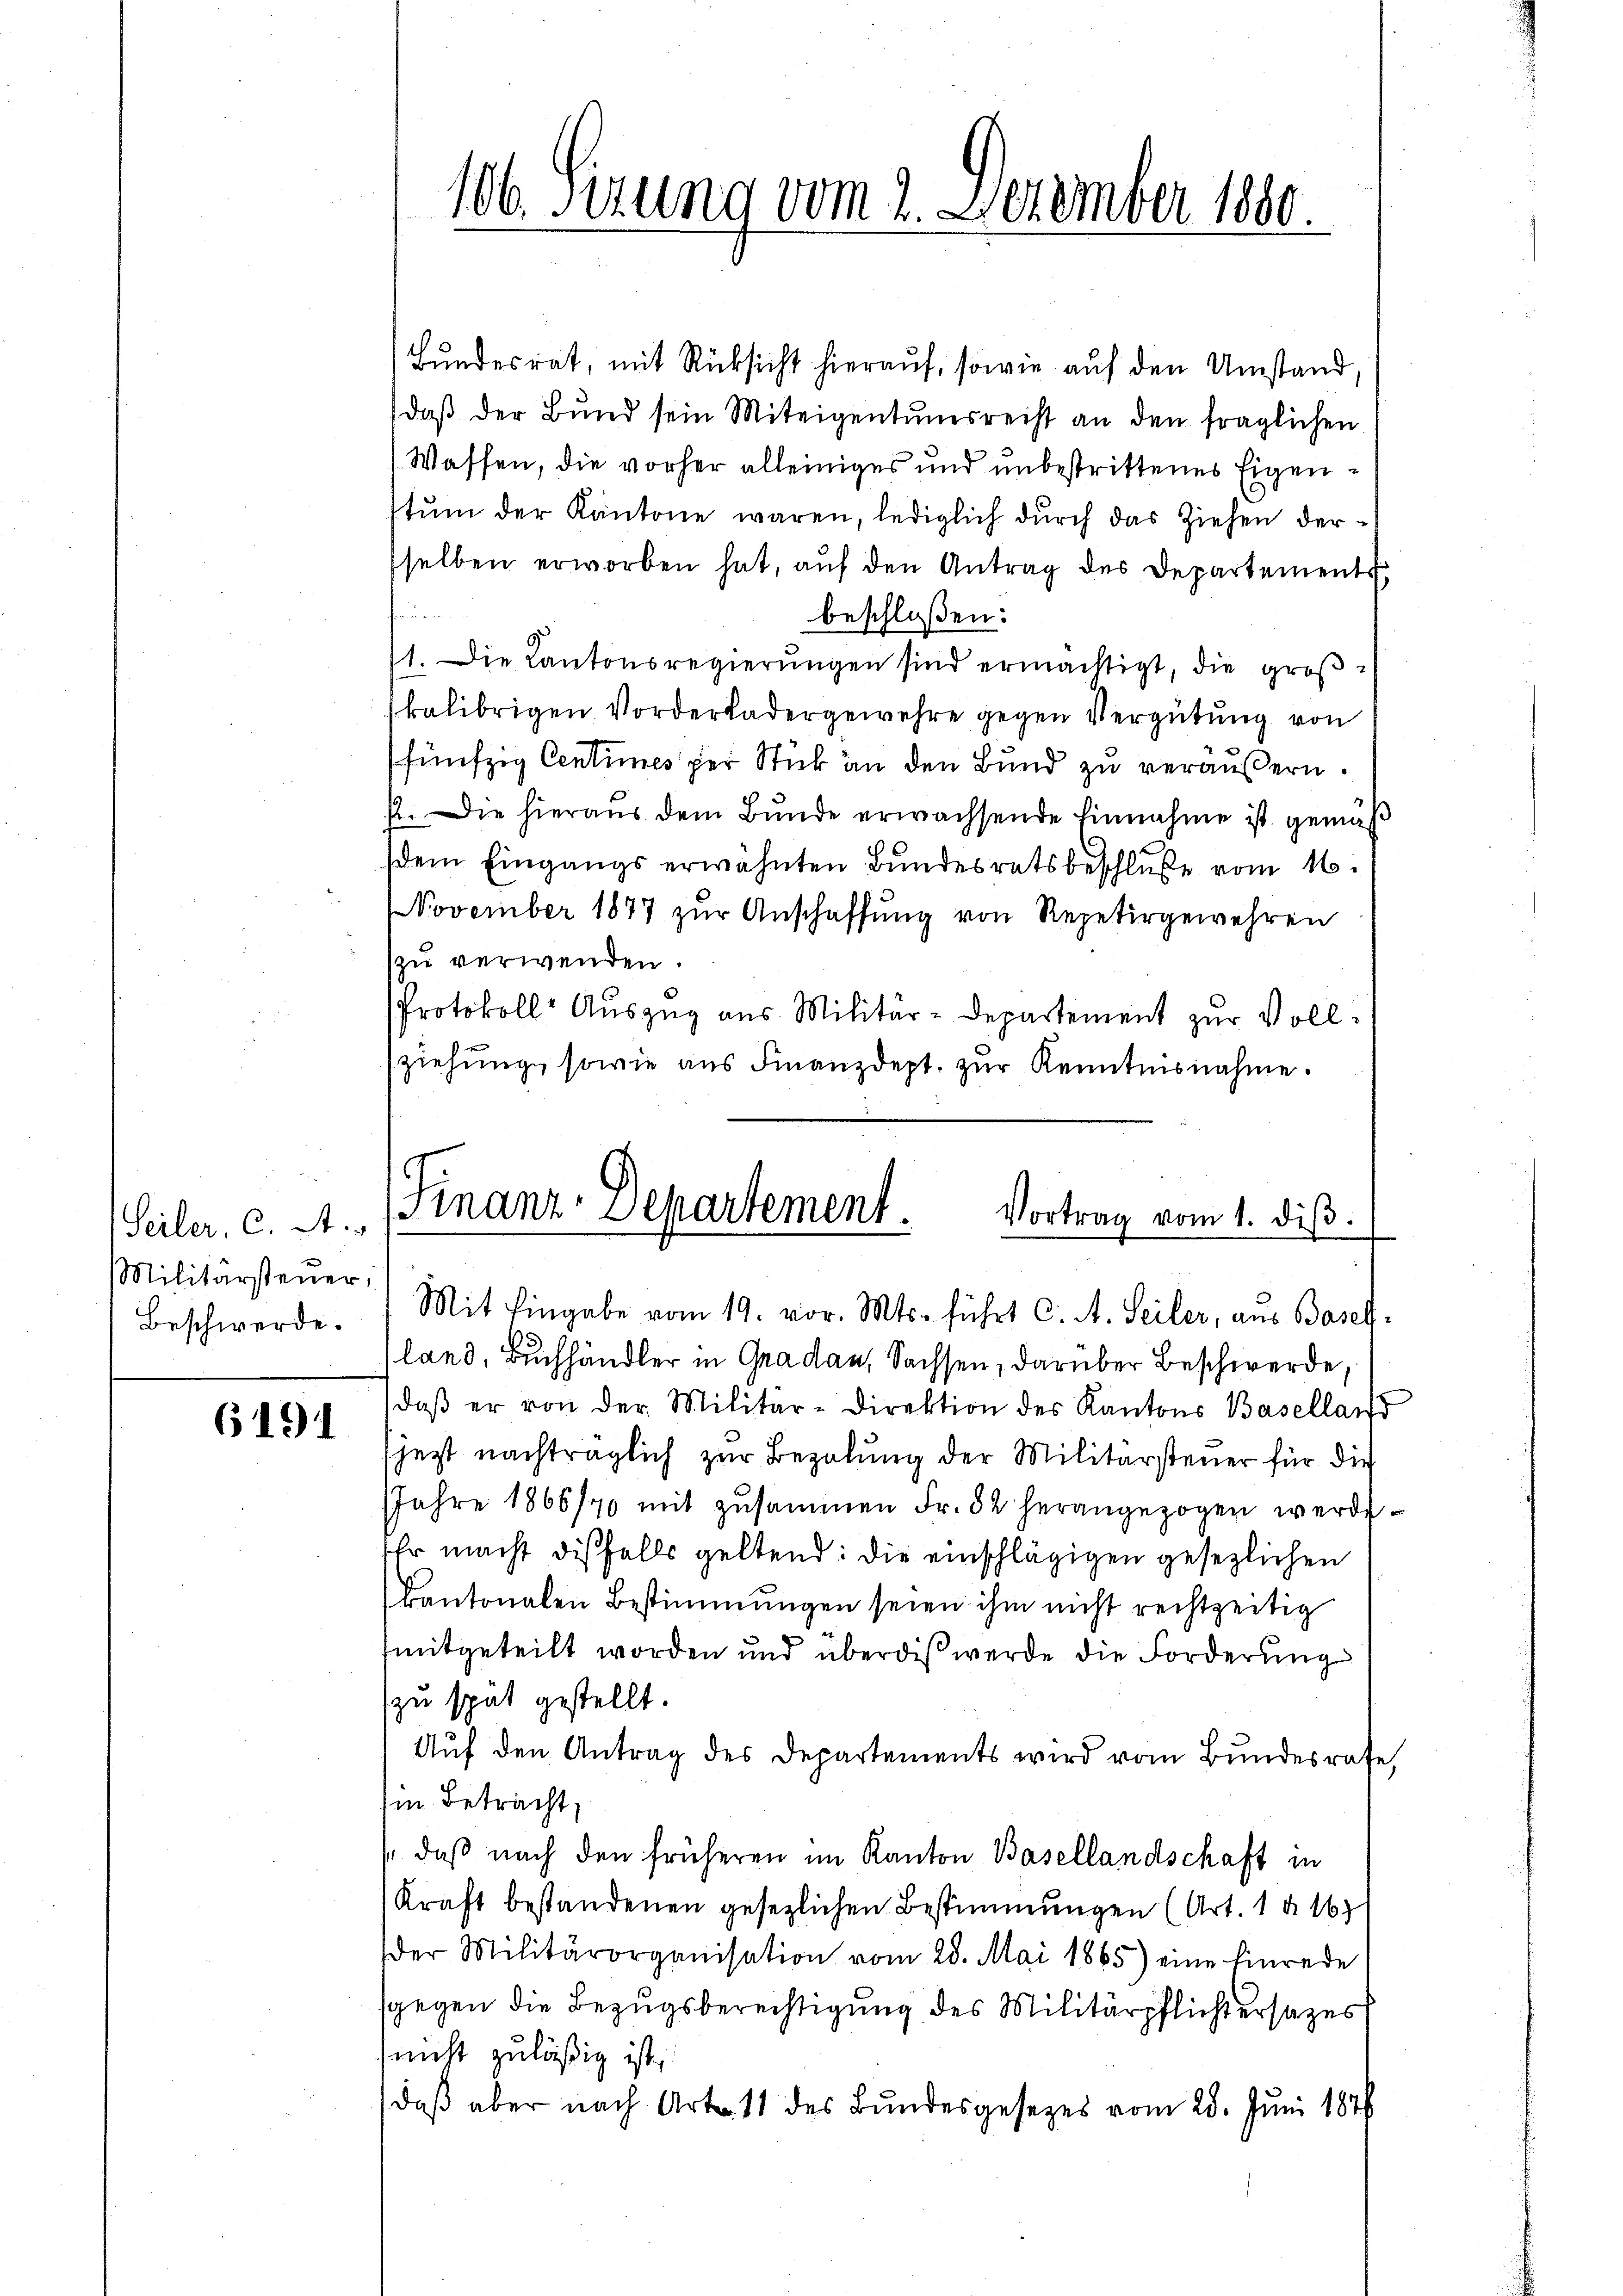
Seiler, C. A.
Militärsteuer,

6191

Bundesrat, mit Rücksicht hierauf, sowie auf den Umstand,
daβ der Bund sein Miteigentumsreist an den fraglichen
Wassen, die vorher alleiniges und unbestrittenes Eigenstŭm der Kantone waren, lediglich durch das Ziehen dersselben erworben hat, aŭf den Antrag des Departements,
beschloßen:
1. Die Kantonsregierŭngen sind ermächtigt, die groβ
skalibrigen Vorderladergewehre gegen Vergütung von
fünfzig Centimes per Stick an den Bund zu veräußern.
72. Die hieraus dem Bŭnde erwachsende Einnahme ist gemäß
dem Eingangs erwähnten Bundesratsbeschluße vom 16.
November 1877 zur Anschaffung von Repetirgewehren
zŭ verwenden.
Protokoll- Auszug aus Militär-Departement zur Vollziehung sowie aus Finanzdept. zur Kenntnisnahme.

106. Sirung vom 2. Dezember 1880.

(Finanz-Departement.
Vortrag vom 1. diβ.

Beschwerde. Mit Eingabe vom 19. vor. Mts. führt C. A. Seiler, aus Basel-
land, Buchhändler in Gradau, Sachsen, darüber Beschwerde,
daβ er von der Militär-Direktion des Kantons Baselland
(jezt nachträglich zur Bezalung der Militärsteuer für die
JJahre 1866/70 mit zusammen Fr. 32 herangezogen werde.
Ehr macht diesfalls geltend: die einschlägigen gesezlichen
kantonalen Bestimmungen seien ihm nicht rechtzeitig
mitgeteilt worden und überdis werde die Forderung
zu spät gestellt.
Aŭf den Antrag des Departements wird vom Bundesrate
in Betracht,
daß nach den früheren im Kanton Basellandschaft in
Kraft bestandenen gesezlichen Bestimmungen (Art. 1 § 16
der Militärorganisation vom 28. Mai 1865) eine Einrede
sgegen die Bezugsberechtigung des Militärpflichtersatzes
snicht zuläßig ist,
daß aber nach Art. 11 des Bundesgesezes vom 28. Juni 1876